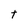
Character: t